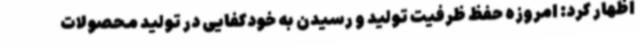
اظهار کرد: امروزه حفظ ظرفیت تولید و رسیدن به خودکفایی در تولید محصولات